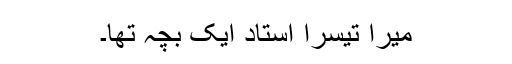
میرا تیسرا استاد ایک بچہ تھا۔